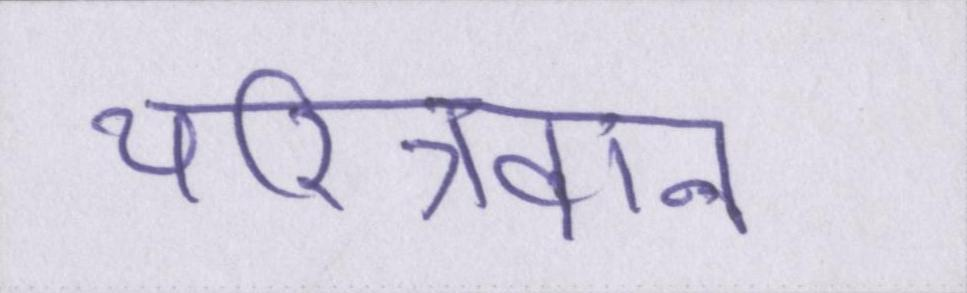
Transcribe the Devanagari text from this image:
चरित्रवान